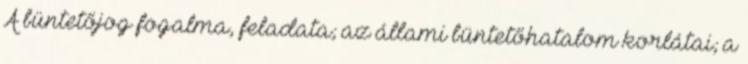
A büntetőjog fogalma, feladata; az állami büntetőhatalom korlátai; a